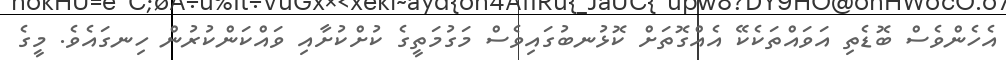
އެހެންވެސް ބޮޑެތި އަވައްތަކެކޭ އެއްގޮތަށް ކޮޅުނބުގައިވެސް މަގުމަތީގެ ކުށްކުށާއި ވައްކަންކުރުން ހިނގައެވެ. މީގެ